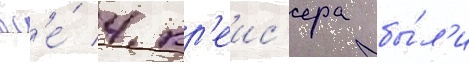
вс'е́ 4 кр'еис'ера бы́л'и